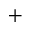
+